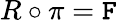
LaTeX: R\circ\pi=\mathtt{F}